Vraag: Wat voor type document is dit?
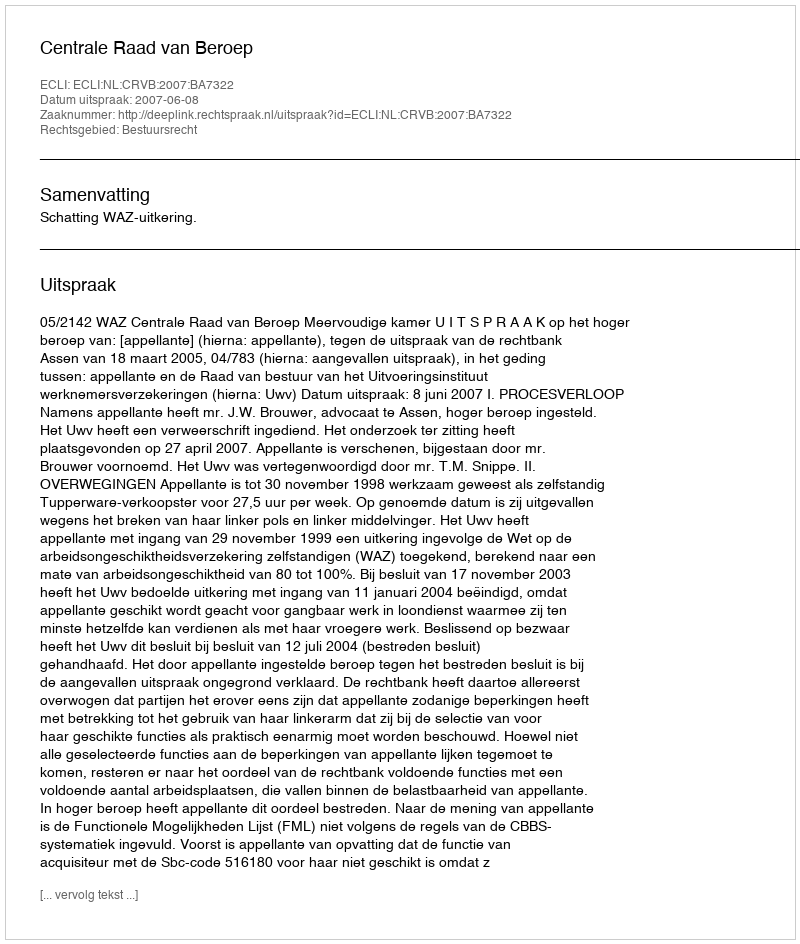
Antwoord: Uitspraak